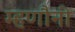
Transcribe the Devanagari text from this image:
म्हणौनी